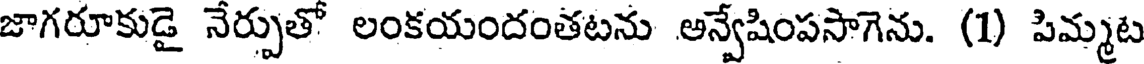
జాగరూకుడై నేర్పుతో లంకయందంతటను అన్వేషింపసాగెను. (1) పిమ్మట